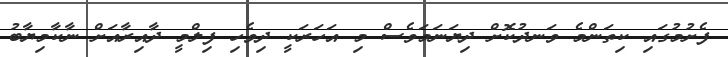
ފެށުމުގައި ކިތަންމެ ވަނދުކޮށް ދިޔަނަމަވެސް މި އަހަރަކީ ދިވެހި ފިލްމީ ދާއިރާއަށް ނާކާމިޔާބު